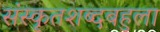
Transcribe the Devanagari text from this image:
संस्कृतशब्दबहुला